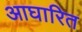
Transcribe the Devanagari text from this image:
आघारित